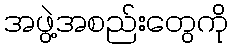
အဖွဲ့အစည်းတွေကို